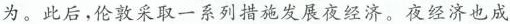
为。此后，伦敦采取一系列措施发展夜经济。夜经济也成